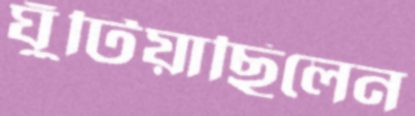
ঘুঁটিয়াছিলেন